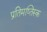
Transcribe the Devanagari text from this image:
प्रतिमष्तिस्क